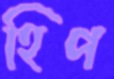
হিপ